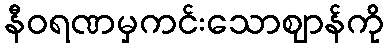
နီဝရဏမှကင်းသောဈာန်ကို